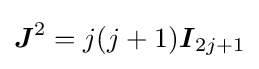
{\boldsymbol {J}}^{2}=j(j+1){\boldsymbol {I}}_{2j+1}